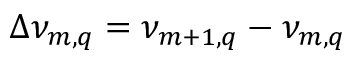
\Delta \nu _ { m , q } = \nu _ { m + 1 , q } - \nu _ { m , q }